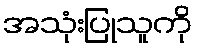
အသုံးပြုသူကို